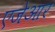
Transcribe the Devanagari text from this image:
एजेआर